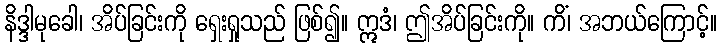
နိဒ္ဒါမုခေါ၊ အိပ်ခြင်းကို ရှေးရှုသည် ဖြစ်၍။ ဣဒံ၊ ဤအိပ်ခြင်းကို။ ကိံ၊ အဘယ်ကြောင့်။